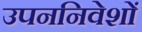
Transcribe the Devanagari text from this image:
उपननिवेशों